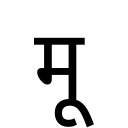
OCR:
मू